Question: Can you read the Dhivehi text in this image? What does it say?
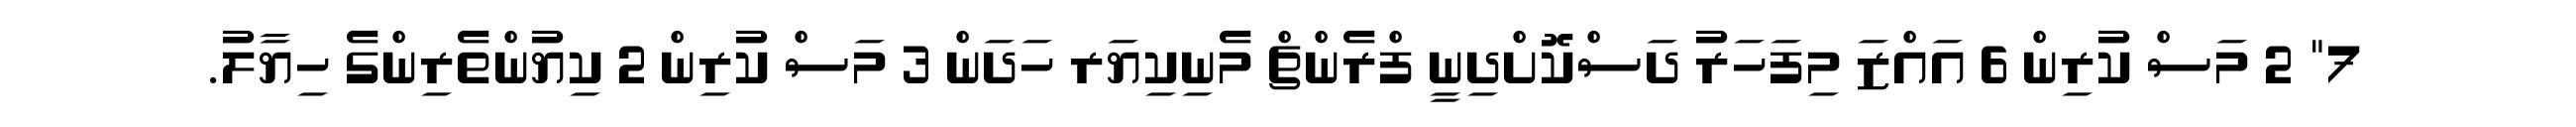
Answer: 7" 2 މަސް ކުރިން 6 އައްޒަ މިފަހަރު ދަސްކޮށްދިނީ ފްރެންޗް މެނިކިޔަރ ހަދަން 3 މަސް ކުރިން 2 ކިޔުންތެރިންގެ ހިޔާލު.